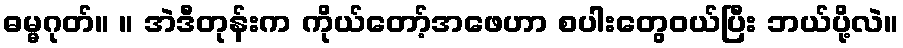
ဓမ္မဂုတ်။ ။ အဲဒီတုန်းက ကိုယ်တော့်အဖေဟာ စပါးတွေဝယ်ပြီး ဘယ်ပို့လဲ။